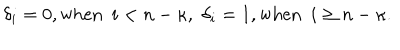
\delta _ { i } = 0 , { \mathrm { w h e n } } \, \, \, i < n - \kappa , \, \, \delta _ { i } = 1 , { \mathrm { w h e n } } \, \, \, i \ge n - \kappa .